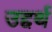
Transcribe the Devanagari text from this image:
उद्दर्थ